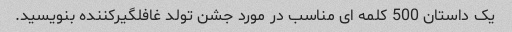
یک داستان 500 کلمه ای مناسب در مورد جشن تولد غافلگیرکننده بنویسید.